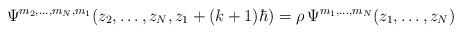
LaTeX: \begin{align*}\Psi^{m_2,\ldots,m_N,m_1}(z_2,\ldots,z_N,z_1+(k+1)\hbar)=\rho\, \Psi^{m_1,\ldots,m_N}(z_1,\ldots,z_N)\end{align*}